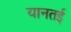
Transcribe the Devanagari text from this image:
यानतई